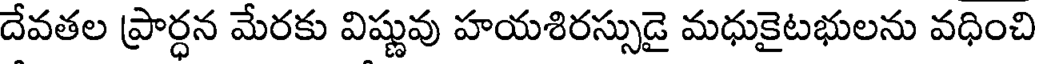
దేవతల ప్రార్ధన మేరకు విష్ణువు హయశిరస్సుడై మధుకైటభులను వధించి